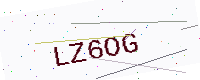
Text: LZ6OG